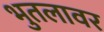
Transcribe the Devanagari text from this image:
भुतलावर